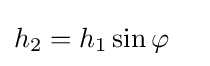
h_{2}=h_{1}\sin \varphi \quad